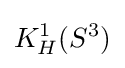
K_{H}^{1}(S^{3})